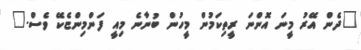
"ދެން އޭރު މީނަ އޮންނަ ރީތިކަމުން މީހުން ބުނާނެ މިއީ ފަންމިންޏެކޭ ވެސް."